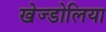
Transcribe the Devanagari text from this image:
खेज्डोलिया